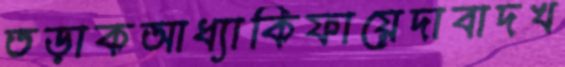
তড়াকআধ্যাকিফায়েদাবাদখ